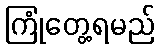
ကြုံတွေ့ရမည်